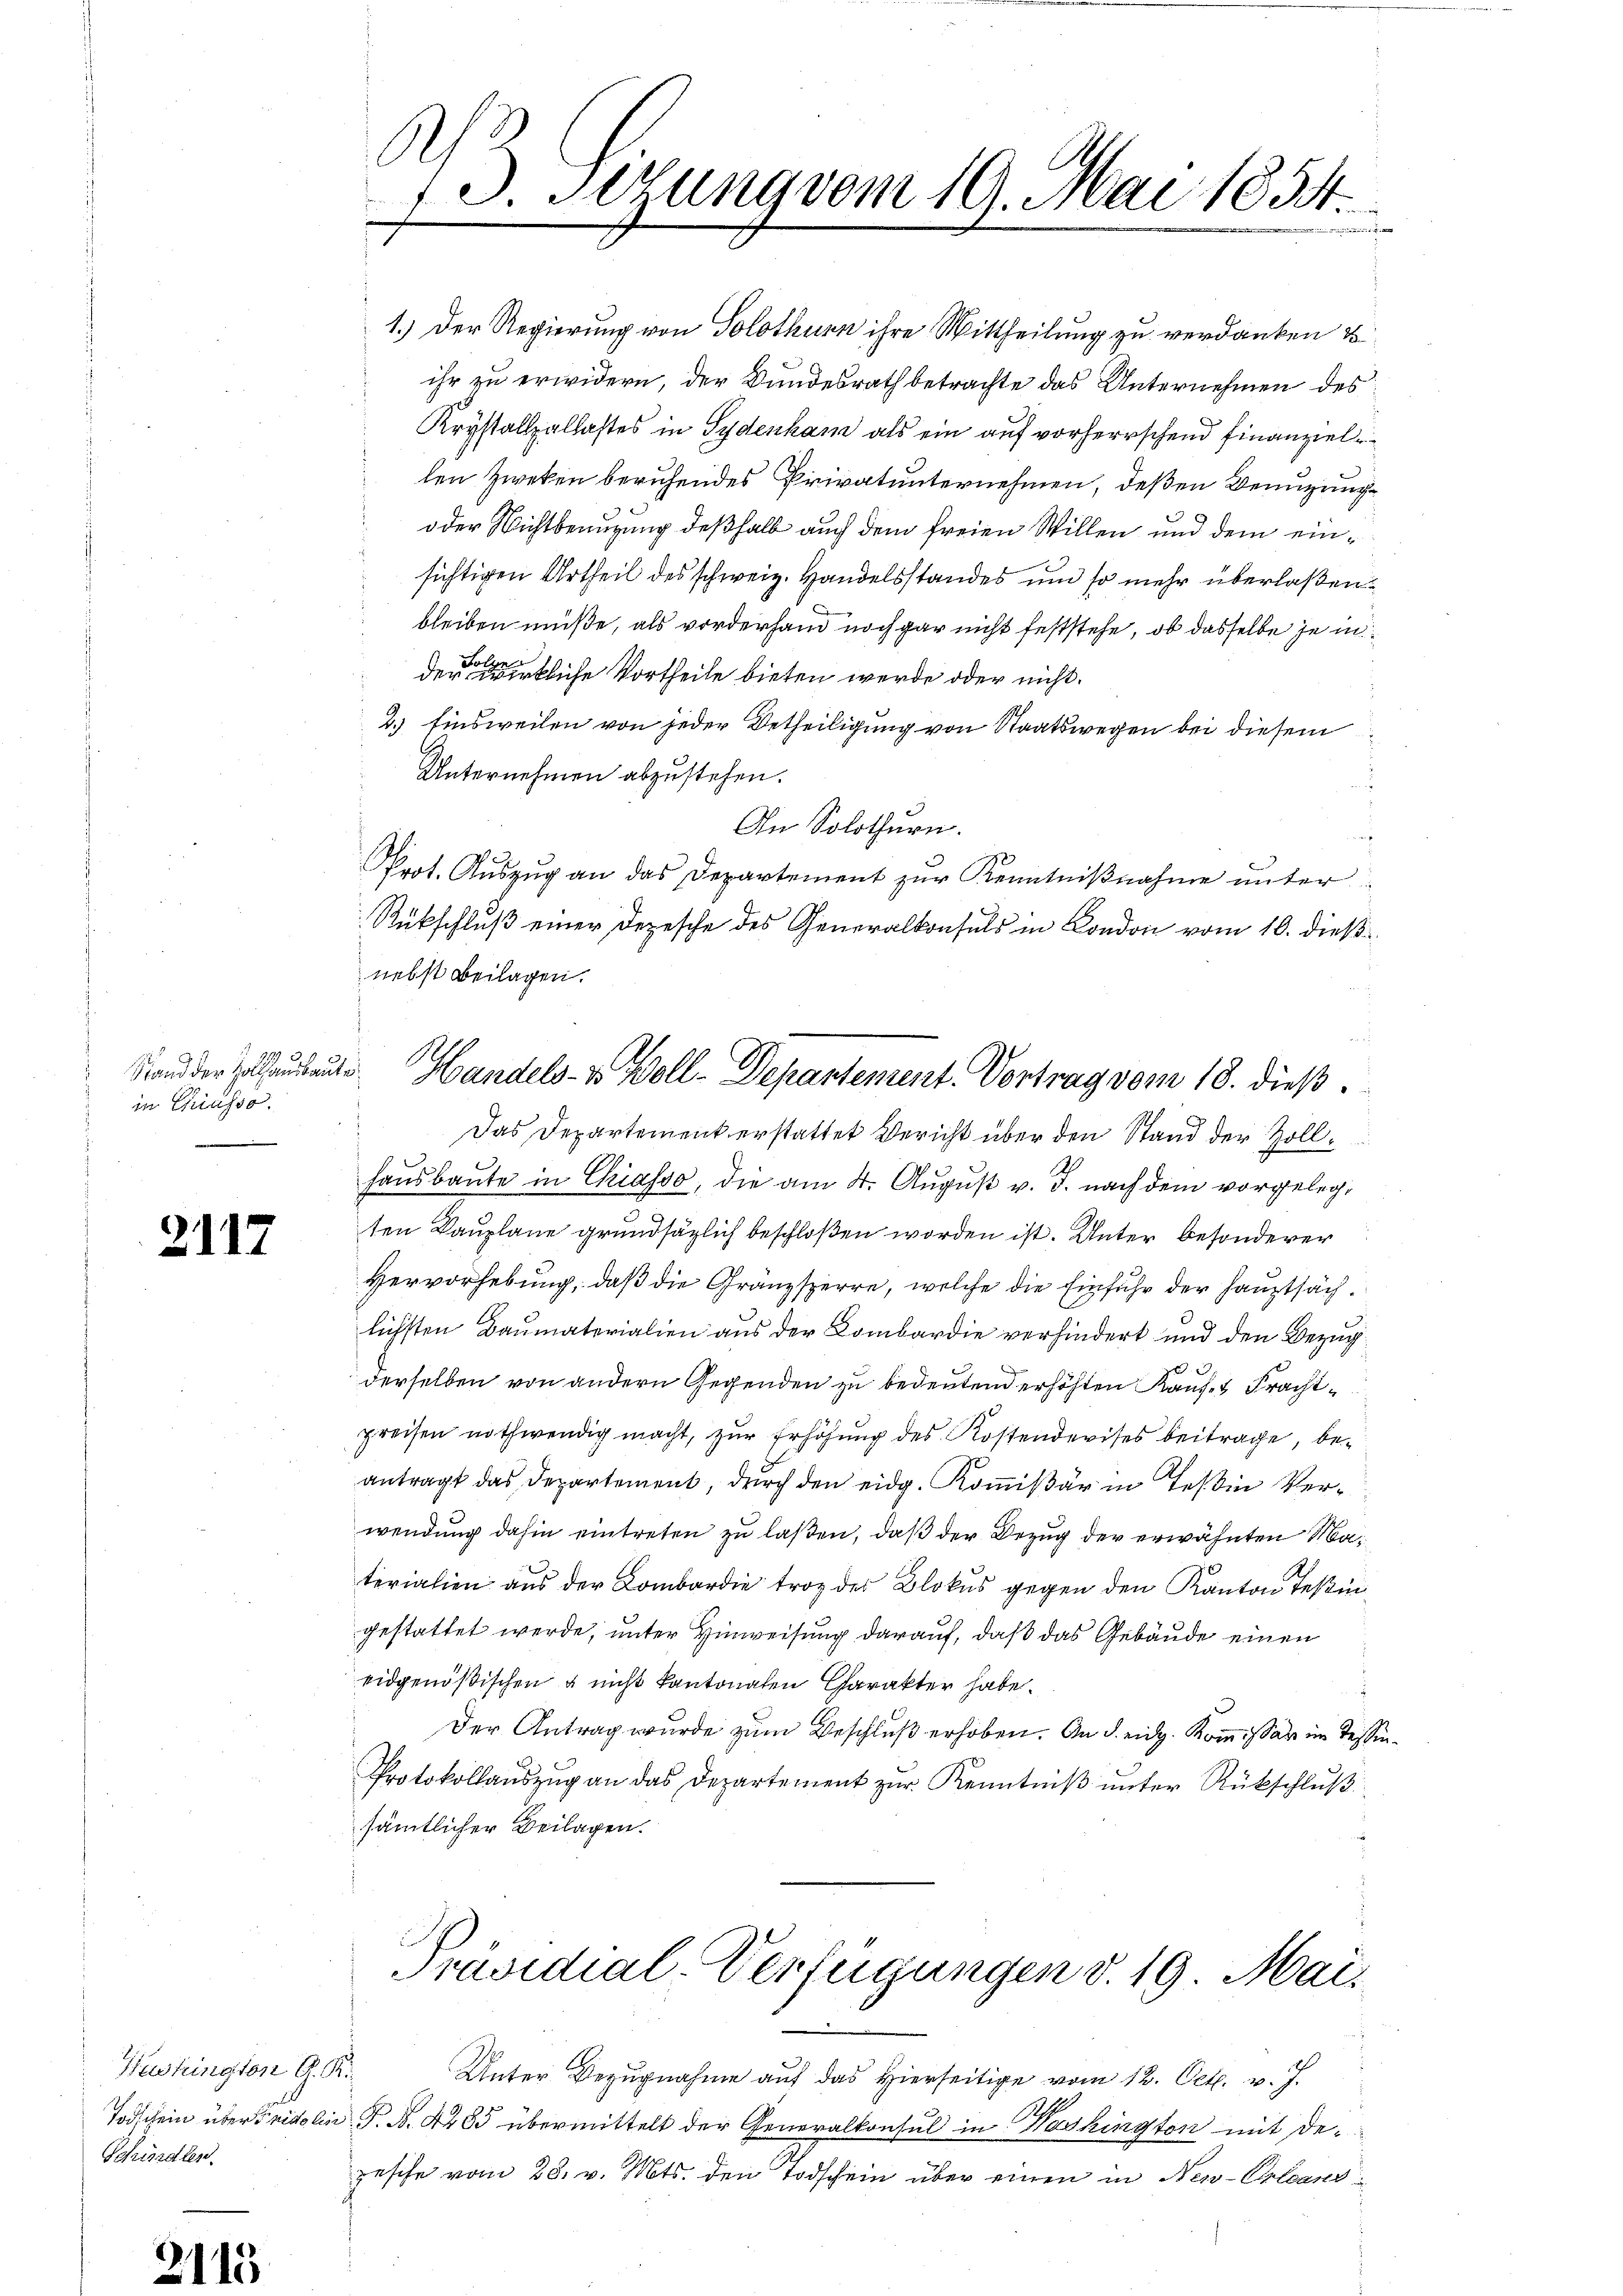
Stand der Zollhausbaute
in Chiasso.

2117

Kustrington G. R.
Schindlen

1.) Der Regierung von Solothurn ihre Mittheilung zu verdanken u
ihr zu erwidern, der Bundesrath betrachte das Unternehmen des
Krystallallastes in Sydenkam als ein auf vorherrschend Finanziel
len Zweken beruhendes Privatunternehmen, deßen Benuzung¬
oder Nichtbenuzung deßhalb auch dem freien Willen und dem einsichtigen Urtheil des schweiz. Handelsstandes und so mehr überlaßenbleiben müße, als vorderhand noch gar nicht feststehe, ob dasselbe je in
der entliche Vortheile bieten werde oder nicht.
2.) Einsweilen von jeder Betheiligung von Staatswegen bei diesem
Unternehmen abzustehen.
An Solothurn.
Prot. Auszug an das Departement zur Kenntnißnahme unter
Rückschluß einer Depesche des Generalkonsuls in Condon vom 10. dießnebst Beilagen.
Das Departement erstattet Bericht über den Stand der Zollhaŭsbaŭte in Chiasso, die am 4. August v. J. nach dem vorgelegten Bauplane grundsätzlich beschloßen worden ist. Unter besonderer
Hervorhebung, daß die Gränzsperre, welche die Einfuhr der Hauptsächlichsten Baumaterialien aus der Lombardie verhindert und den Bezugderselben von andern Gegenden zu bedeutend erhöhten Kauf- u Frachtpreisen nothwendig macht, zur Erhöhung des Kostendevises beitrage, beantragt das Departement, durch den eidg. Kommißär in Teßin Verwendung dahin eintreten zu laßen, daß der Bezug der erwähnten Materialien aus der Lombardie trotz des Blokus gegen den Kanton Teßingestattet werde, unter Hinweisung darauf, daß das Gebäude einen
eidgenößischen & nicht kantonalen Charakter habe.
s
Der Antrag wurde zum Beschluß erhoben. An d. eidg. Kommissar im Tessin¬
Protokollauszug an das Departement zur Kenntniß unter Rückschluß
sämtlicher Beilagen.

e
13. Setzung vom 19. Mai 1834.
27
ränden

Handels- & Woll-Departement. Vortrag vom 18. dieß.

Präsidial-Verfügungen d. 19. Mai.

Unter Bezugnahme auf das Hierseitige vom 12. Oct. v. J.
Todschein übers ridolin P. N. 4485 übermittelt der Generalkonsul in Washington mit depesche vom 28. v. Mts. den Todschein über einen in New-Orleans